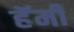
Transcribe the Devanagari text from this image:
हॅमी